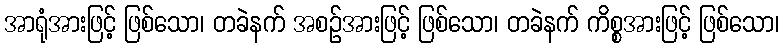
အာရုံအားဖြင့် ဖြစ်သော၊ တခဲနက် အစဉ်အားဖြင့် ဖြစ်သော၊ တခဲနက် ကိစ္စအားဖြင့် ဖြစ်သော၊